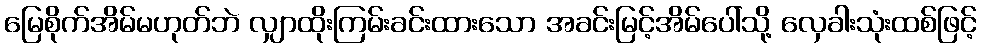
မြေစိုက်အိမ်မဟုတ်ဘဲ လျှာထိုးကြမ်းခင်းထားသော အခင်းမြင့်အိမ်ပေါ်သို့ လှေခါးသုံးထစ်ဖြင့်